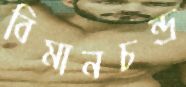
বিমানচন্দ্র